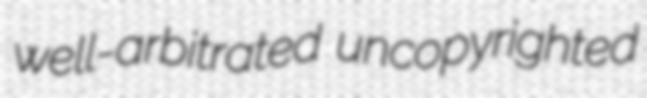
well-arbitrated uncopyrighted